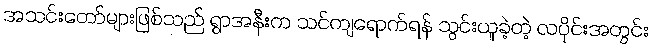
အသင်းတော်များဖြစ်သည် ရွာအနီးက သင်ကျရောက်ရန် သွင်းယူခဲ့တဲ့ လပိုင်းအတွင်း